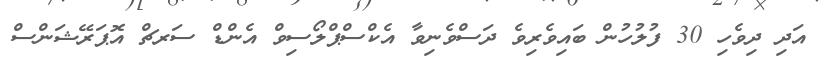
އަދި ދިވެހި 30 ފުލުހުން ބައިވެރިވެ ދަސްވެނިވާ އެކްސްޕްލޯސިވް އެންޑް ސަރޗް އޮޕަރޭޝަންސް